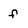
Character: f